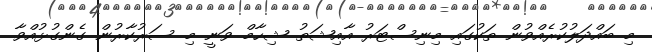
މި ބައްދަލުކުރެއްވުން ތަކުގައި މިނިސްޓަރު އާއިޝަތު ޝިހާމް ވަނީ މި ސަރުކާރުން ގެންގުޅުއްވާ